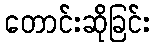
တောင်းဆိုခြင်း